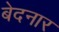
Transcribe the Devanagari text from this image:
बेदनार